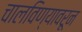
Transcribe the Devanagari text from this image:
चालविण्यावरून